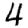
Digit: 4